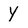
Character: Y